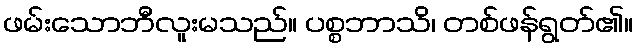
ဖမ်းသောဘီလူးမသည်။ ပစ္စဘာသိ၊ တစ်ဖန်ရွတ်၏။